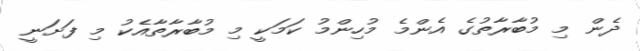
ދެން މި މުބާރާތުގެ އެންމެ މުހިންމު ކަމަކީ މި މުބާރާތާއެކު މި ފަށަނީ